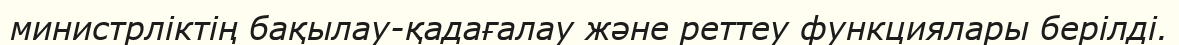
министрліктің бақылау-қадағалау және реттеу функциялары берілді.